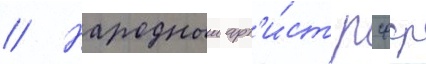
// Народныи арт'и́ст рсфср